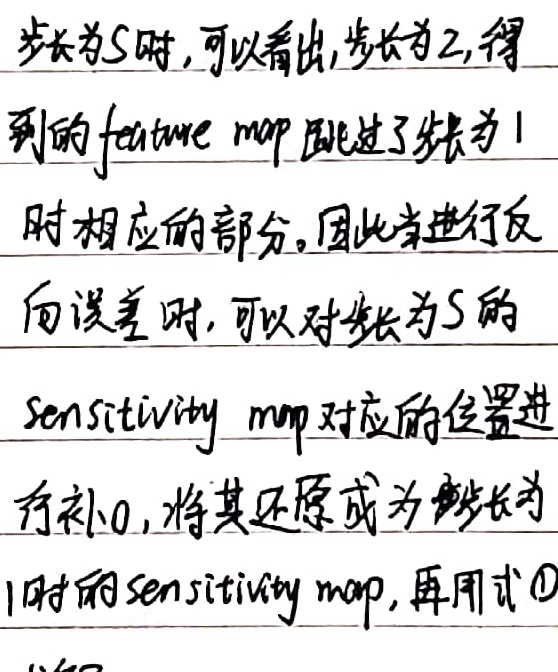
步长为$S$时，可以看出，步长为$2$，得到的feature map跳过了步长为$1$时相应的部分。因此当进行反向误差时，可以对步长为$S$的sensitivity map对应的位置进行补$0$，将其还原成为步长为$1$时的sensitivity map，再用式\textcircled{1}